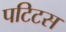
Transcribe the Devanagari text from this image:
पटिटस